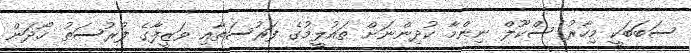
ސަބަބަކީ މިހާރު ސްކޫލް ނިންމާ ކުދިންނަށް ތައުލީމުގެ ފަރުސަތާއި ވަޒީފާގެ ފުރުސަތު ހޯދަން